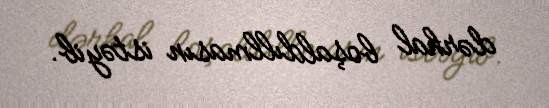
dərhal boşaldıllmasın istəyib.